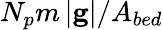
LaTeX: N_{p}m\left|\mathbf{g}\right|/A_{bed}